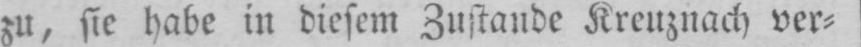
zu, sie habe in diesem Zustande Kreuznach ver⸗